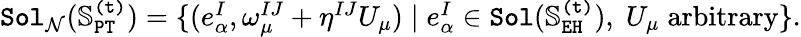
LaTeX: \begin{array}{r}{\mathtt{Sol}_{\mathcal{N}}(\mathbb{S}_{\mathtt{PT}}^{\mathtt{(t)}})=\{ (e_{\alpha}^{I},\omega_{\mu}^{IJ}+\eta^{IJ}U_{\mu})\mid e_{\alpha}^{I}\in\mathtt{Sol}(\mathbb{S}_{\mathtt{EH}}^{\mathtt{(t)}}),\; U_{\mu}\; \mathrm{arbitrary}\} .}\end{array}